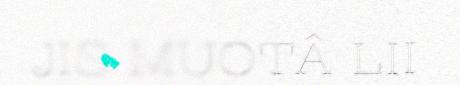
JIS MUOTÂ LII